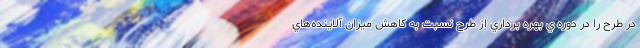
در طرح را در دوره ي بهره برداري از طرح نسبت به کاهش میزان آلاینده‌هاي